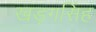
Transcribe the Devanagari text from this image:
खड़गसिंह